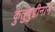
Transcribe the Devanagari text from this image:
कुतुबुद्दीनाने